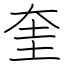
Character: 奎